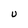
Character: U